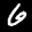
Label: 6